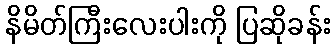
နိမိတ်ကြီးလေးပါးကို ပြဆိုခန်း